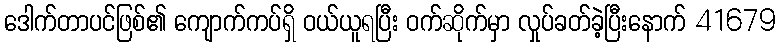
ဒေါက်တာပင်ဖြစ်၏ ကျောက်ကပ်ရှိ ဝယ်ယူရပြီး ဝက်ဆိုက်မှာ လှုပ်ခတ်ခဲ့ပြီးနောက် 41679